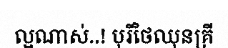
ល្អណាស់..! បុរីថៃឈុនគ្រី